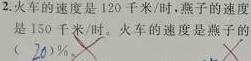
2. 火车的速度是120千米/时，燕子的速度是150千米/时。火车的速度是燕子的（ ）%。